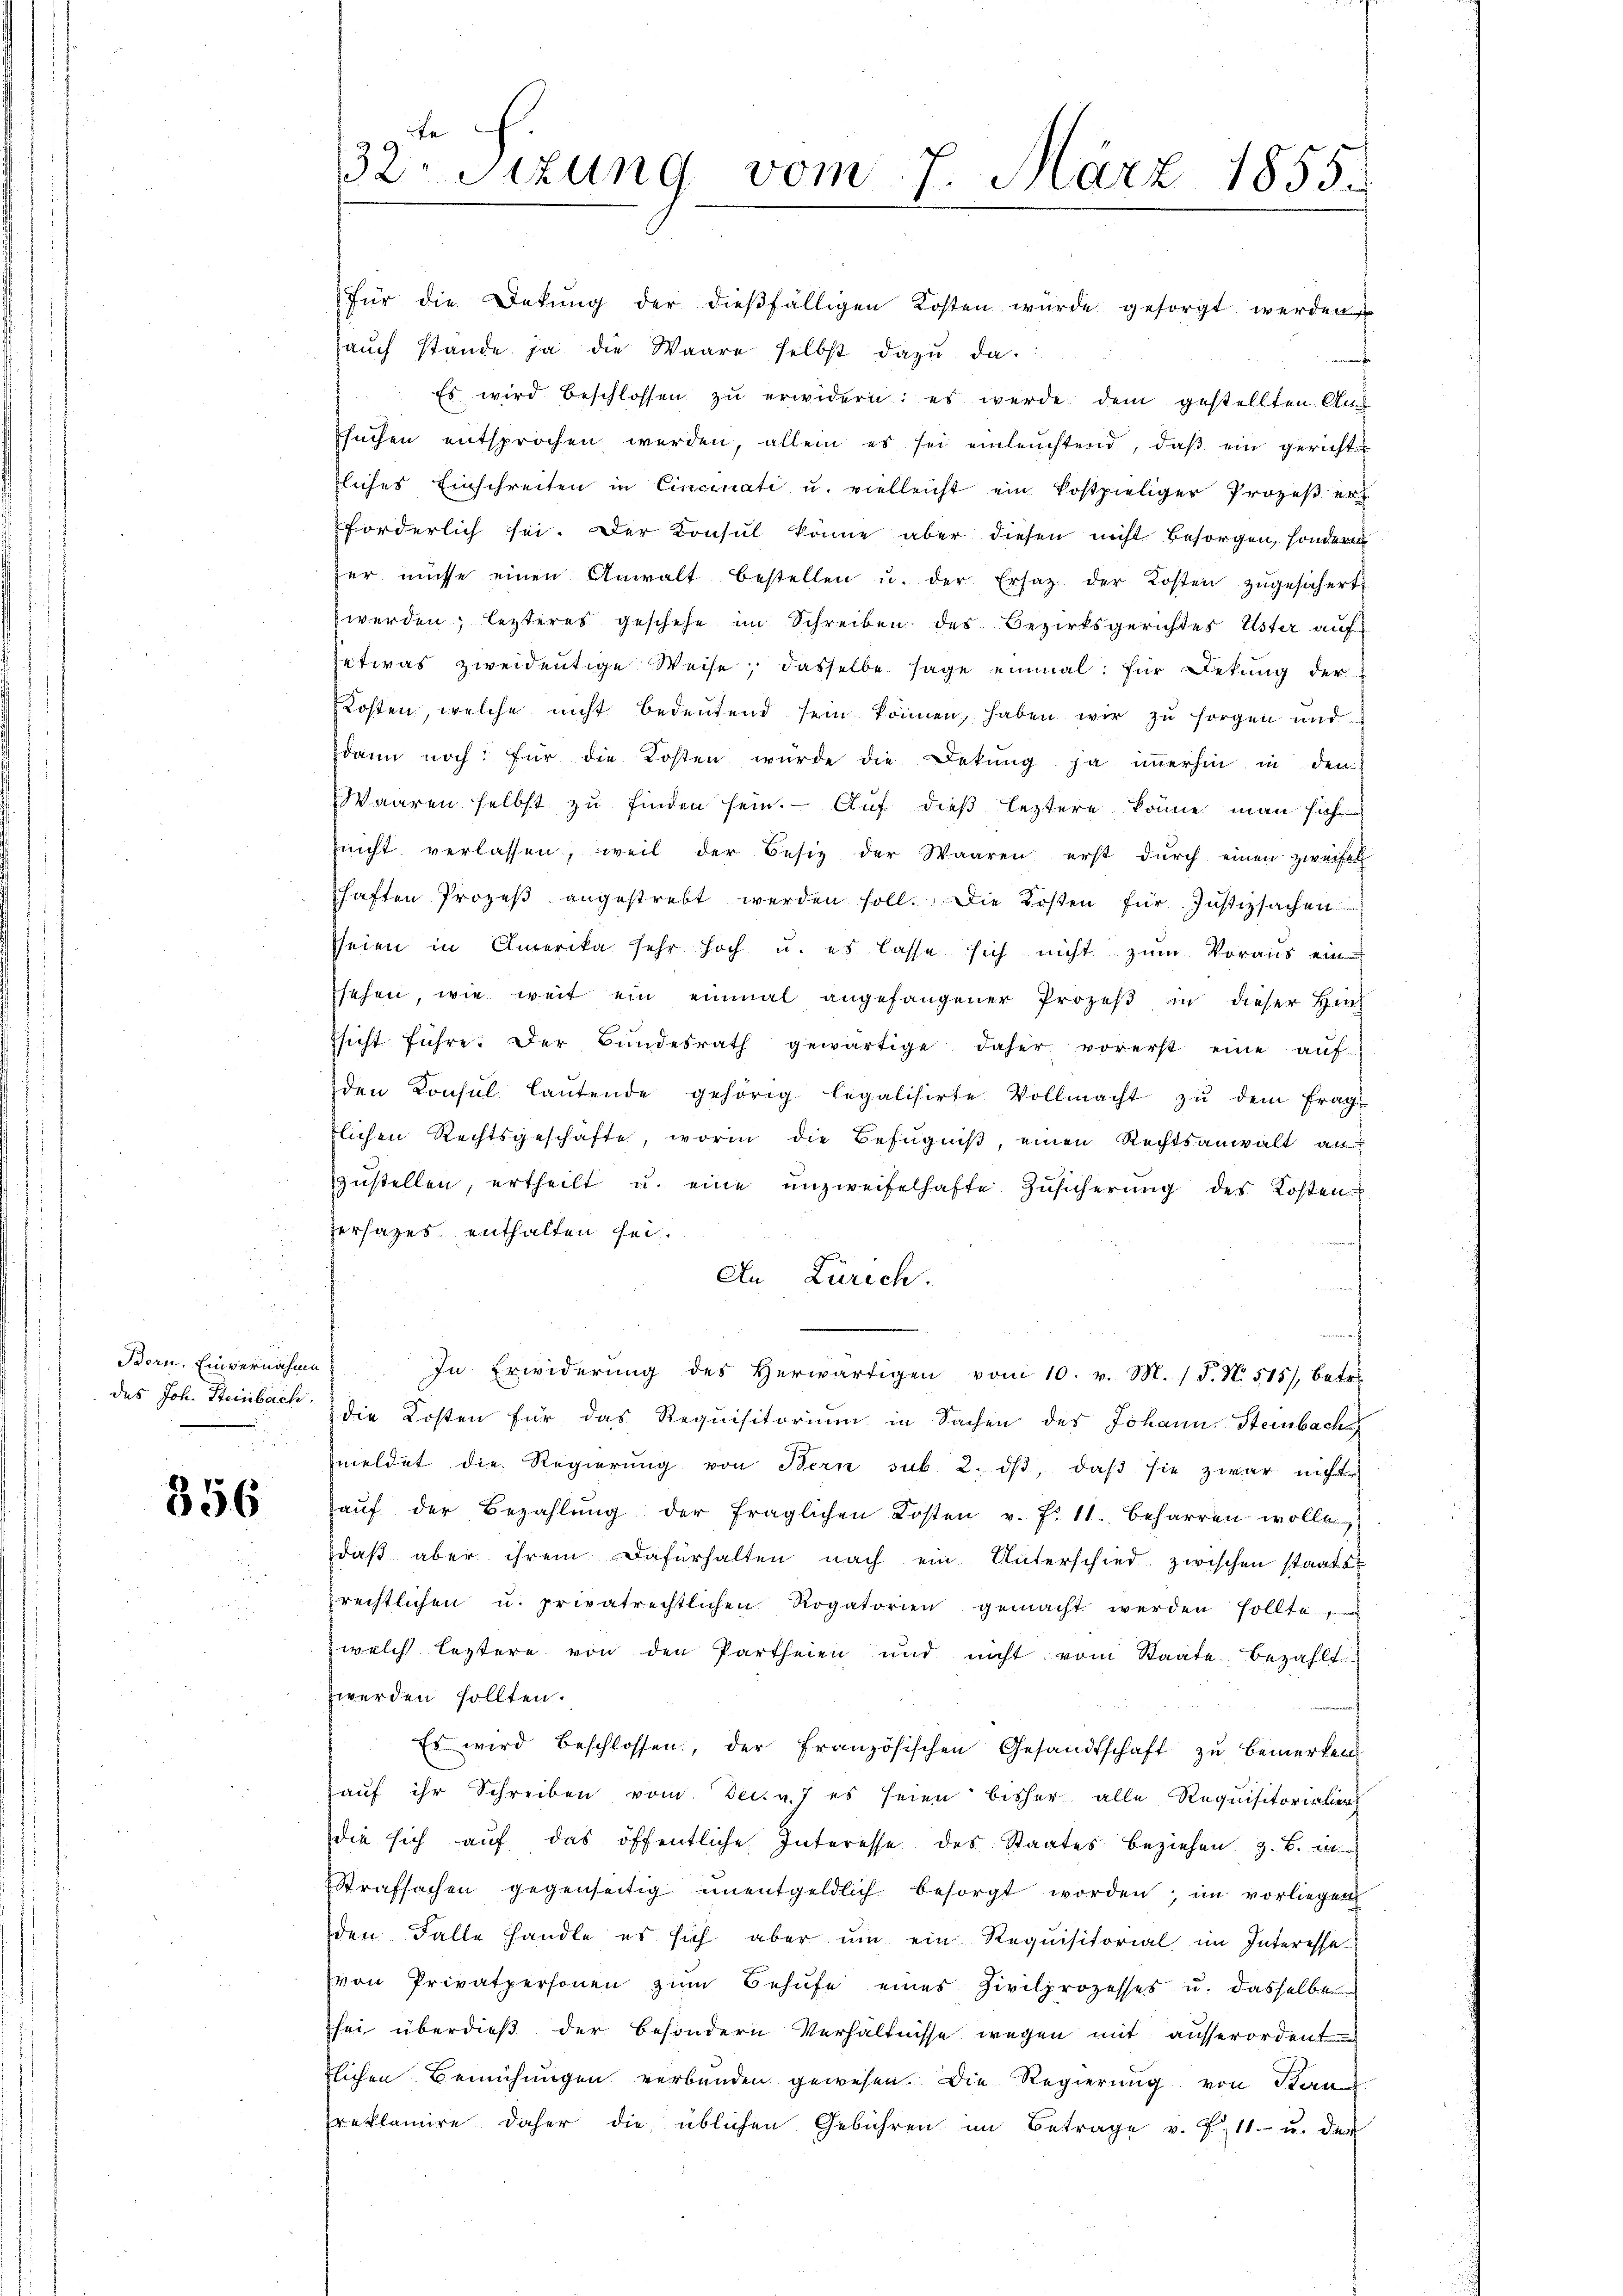
des Joh. Steinbach.

356

32. Sitzung vom 7. März 1855.

für die Dekŭng der dieβfälligen Kosten würde gesorgt werden
aŭch stande ja die Waare selbst dazu da
Es wird beschlossen zu erwidern: es werde dem gestellten Aus
sŭchen entsprochen werden, allein es sei einleuchtend, daβ ein gericht
zliches Einschreiten in Cincinati u. vielleicht ein kostpieliger Prozeß er
forderlich sei. Der Konsul könne aber diesen nicht besorgen, sondern
her müsse einen Anwalt bestellen u. der Ersatz der Kosten zŭgesichert
werden; lezteres geschehe im Schreiben des Bezirksgerichtes Uster auf
etwas zweideutige Weise, dasselbe sage einmal für Dekung der
Kosten, welche nicht bedeutend sein können, haben wir zu sorgen und
dann noch: für die Kosten würde die Dekŭng ja immerhin in den
Waaren selbst zu finden sein. Auf dieß leztere könne man sich
nicht verlassen, weil der Besitz der Waaren erst dŭrch einen zweifel
haften Prozeβ angestrebt werden soll. Die Kosten für Justizsachen
seien in Amerika sehr hoch u. es lasse sich nicht zum Voraus ein
sehen, wie weit ein einmal angefangener Prozeß in dieser Hin
sicht führe. Der Bundesrath gewärtige daher vorerst eine aŭf-
den Konsul laŭtende gehörig legalisirte Vollmacht zŭ dem frag
zlichen Rechtsgeschäfte, worin die Befugniß, einen Rechtsanwalt an
zŭstellen, ertheilt u. eine unzweifelhafte Zusicherung des Kosten
Versatzes enthalten sei.
An Zürich.
Bern. Einvernahme. In Erwiderŭng des herwärtigen vom 10. v. M. (T. N. 515), betr.
die Kosten für das Requisitorium in Sachen der Johann Steinbache
meldet die Regierŭng von Bern sub. 2. dβ, daβ sie zwar nicht
aŭf der Bezahlŭng der fraglichen Kosten v. f. 11. Beharren wollt
daß aber ihrem Dafürhalten nach ein Unterschied zwischen staatsrechtlichen u. privatrechtlichen Rogatorien gemacht werden sollte.
welch leztere von den Partheien und nicht vom Staate bezahlt
werden sollten.
Es wird beschlossen, der französischen Gesandtschaft zu bemerken
auf ihr Schreiben vom Dec. v. 7 es seien bisher alle Requisitorialiens
die sich aŭf das öffentliche Interesse des Staates beziehen. Z. B. i
Strafsachen gegenseitig ŭnentgeldlich besorgt worden; im vorliegen
den Falle handle es sich aber ŭm ein Requisitorial im Interesse
von Privatpersonen zum Behufe eines Zivilprozesses u. dasselbe
sei überdieß der besondern Verhältnisse wegen mit ausserordent
zlichen Bemühungen verbunden gewesen. Die Regierung von Kan
reklamire daher die üblichen Gebühren im Betrage v. J. 11. u. der